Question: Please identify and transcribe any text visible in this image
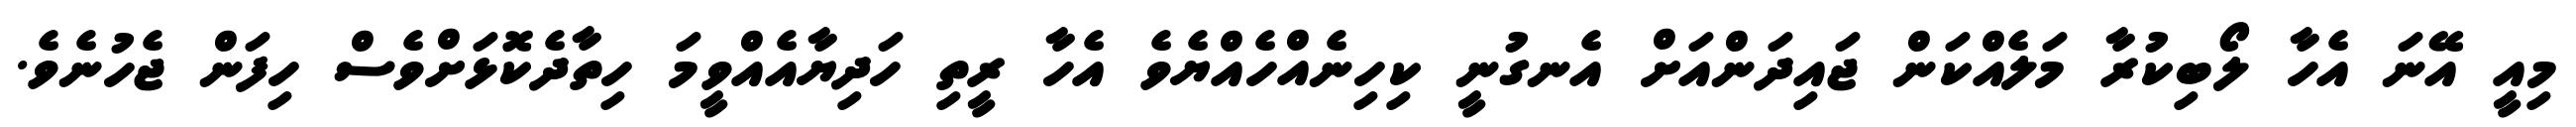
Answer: މިއީ އޭނަ އެހާ ލޯބިކުރާ މަލެއްކަން ޖައިދަންއަށް އެނގުނީ ކިހިނެއްހެއްޔެވެ އެހާ ރީތި ހަދިޔާއެއްވީމަ ހިތާދެކޮޅަށްވެސް ހިފަން ޖެހުނެވެ.